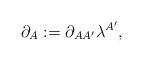
LaTeX: \begin{align*}\partial_A:=\partial_{AA^{\prime}}\lambda^{A^{\prime}},\end{align*}